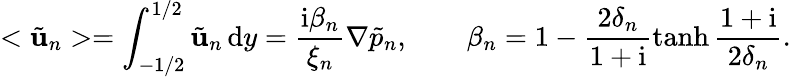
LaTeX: <\tilde{\mathbf{u}}_{n}>=\int_{-1/2}^{1/2}\tilde{\mathbf{u}}_{n}\, \mathrm{d}y=\frac{\mathrm{i}\beta_{n}}{\xi_{n}}\nabla\tilde{p}_{n},\ \ \ \ \ \ \ \ \beta_{n}=1-\frac{2\delta_{n}}{1+\mathrm{i}}\operatorname{tanh}{\frac{1+\mathrm{i}}{2\delta_{n}}}.